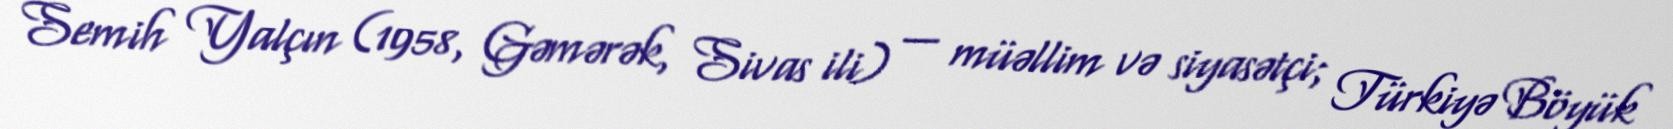
Semih Yalçın (1958, Gəmərək, Sivas ili) — müəllim və siyasətçi; Türkiyə Böyük